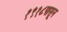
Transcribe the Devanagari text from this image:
१९१८पासून